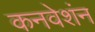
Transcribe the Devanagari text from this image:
कनवेशंन